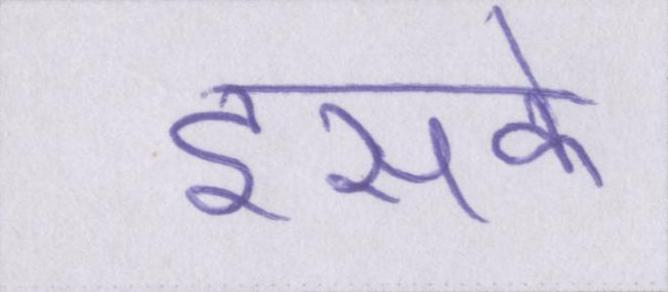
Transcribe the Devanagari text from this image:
इसके